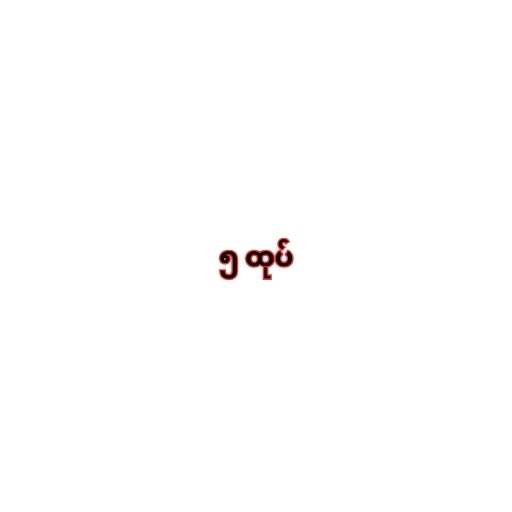
၅ ထုပ်